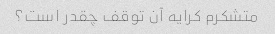
متشکرم کرایه آن توقف چقدر است؟